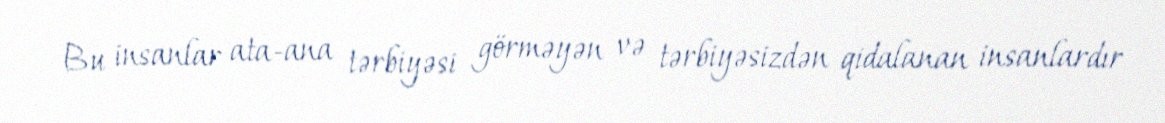
Bu insanlar ata-ana tərbiyəsi görməyən və tərbiyəsizdən qidalanan insanlardır